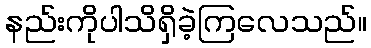
နည်းကိုပါသိရှိခဲ့ကြလေသည်။